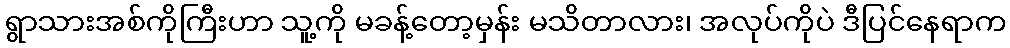
ရွာသားအစ်ကိုကြီးဟာ သူ့ကို မခန့်တော့မှန်း မသိတာလား၊ အလုပ်ကိုပဲ ဒီပြင်နေရာက